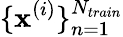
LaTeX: \{ \mathbf{x}^{(i)}\} _{n=1}^{N_{train}}